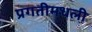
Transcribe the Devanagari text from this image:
प्रगतीमधली